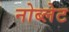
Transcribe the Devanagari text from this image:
नोब्लेट